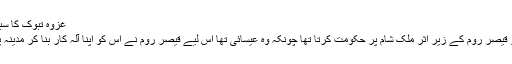
غزوۂ تبوک کا سبب » Ahl-e-Sunnats
عرب کا غسانی خاندان جو قیصر روم کے زیر اثر ملک شام پر حکومت کرتا تھا چونکہ وہ عیسائی تھا اس لیے قیصر روم نے اس کو اپنا آلہ کار بنا کر مدینہ پر فوج کشی کا عزم کرلیا۔